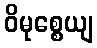
ဝိမုစ္စေယျ